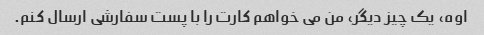
اوه، یک چیز دیگر، من می خواهم کارت را با پست سفارشی ارسال کنم.